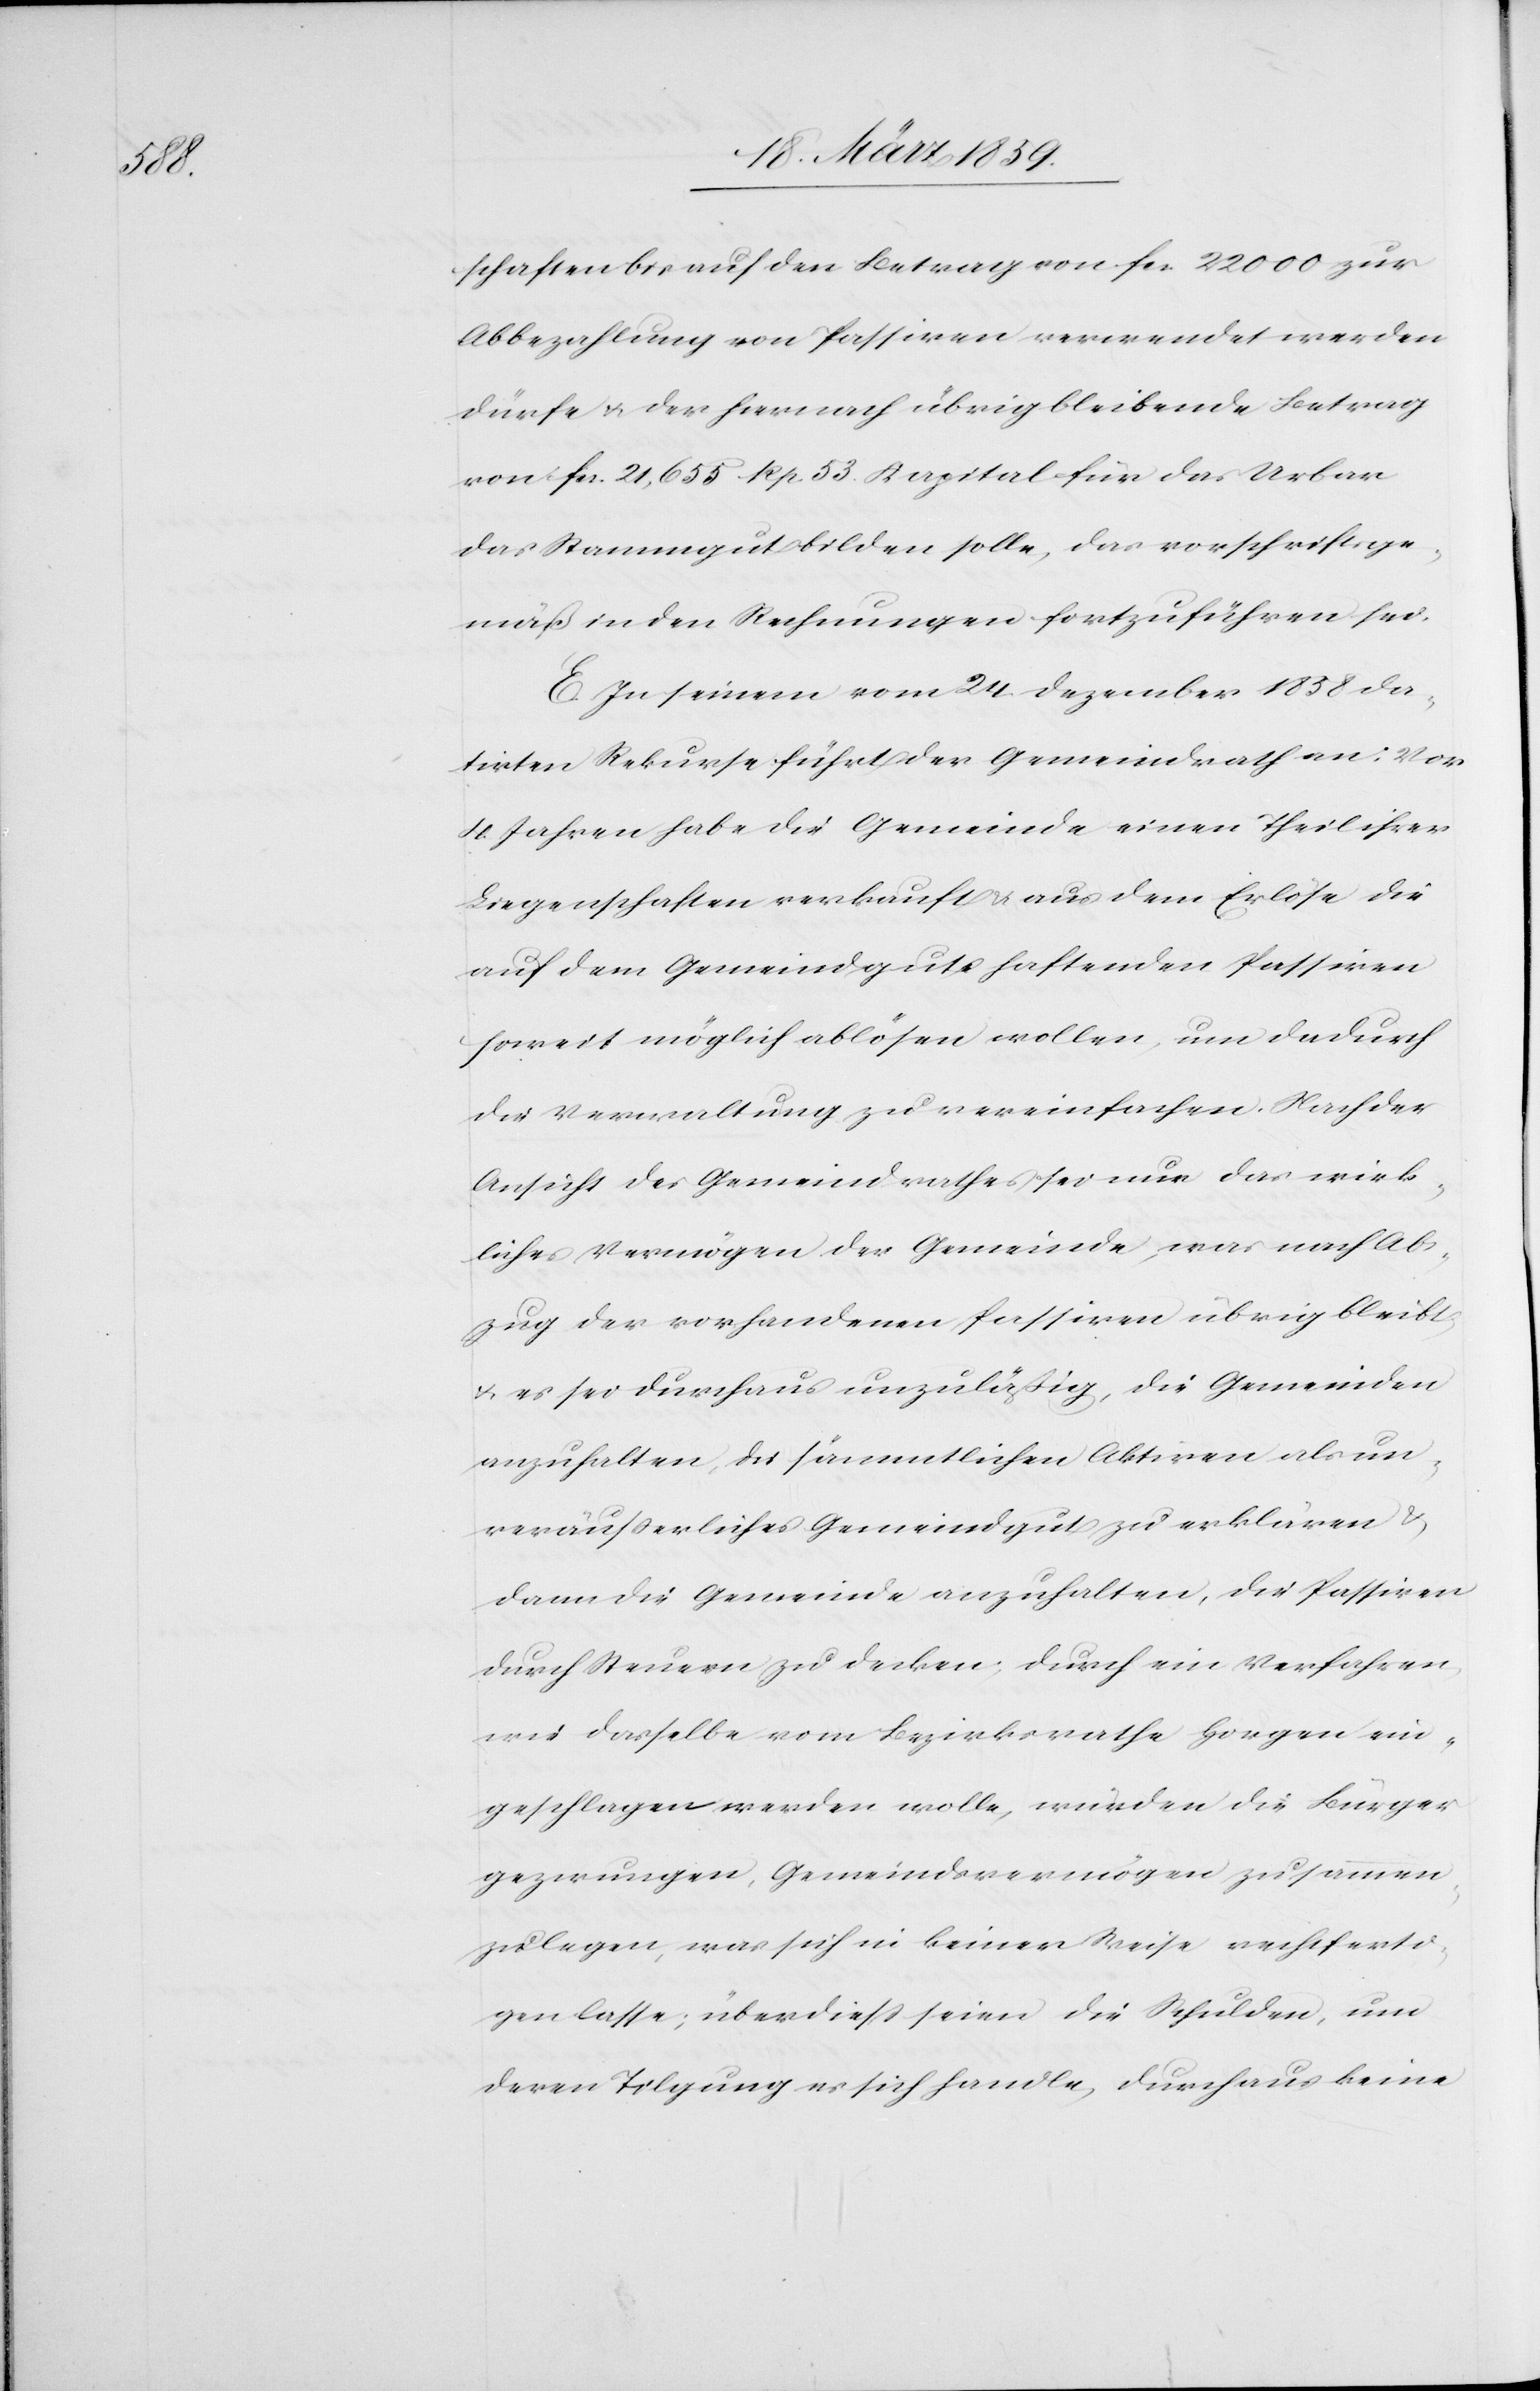
schaften bis auf den Betrag von fcs. 22 000 zur
Abbezahlung von Passiven verwendet werden
dürfe u der hernach übrig bleibende Betrag
von fcs. 21,655 Rp. 53. Kapital für das Urbar
das Stammgut bilden solle, das vorschriftsge¬
mäß in den Rechnungen fortzuführen sei.
E. In seinem vom 24. Dezember 1858 da¬
tirten Rekurse führt der Gemeindrath an: Vor
4 Jahren habe die Gemeinde einen Theil ihrer
Liegenschaften verkauft & aus dem Erlöse die
auf dem Gemeindgut haftenden Passiven
soweit möglich ablösen wollen, um dadurch
die Verwaltung zu vereinfachen. Nach der
Ansicht des Gemeindrathes sei nur das wirk¬
liches Vermögen der Gemeinde, was nach Ab¬
zug der vorhandenen Passiven übrig bleibt,
& es sei durchaus unzuläßig, die Gemeinden
anzuhalten, die sämmtlichen Aktiven als un¬
veräußerliches Gemeindegut zu erklären &
dann die Gemeinde anzuhalten, die Passiven
durch Steuern zu decken; durch ein Verfahren
wie dasselbe vom Bezirksrathe Horgen ein¬
geschlagen werden wolle, würden die Bürger
gezwungen, Gemeindsvermögen zusammen¬
zulegen, was sich in keiner Weise rechtferti¬
gen lasse; überdieß seien die Schulden, um
deren Tilgung es sich handle, durchaus keine